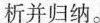
析并归纳。